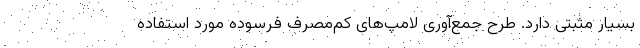
بسیار مثبتی دارد. طرح جمع‌آوری لامپ‌های کم‌مصرف فرسوده مورد استفاده